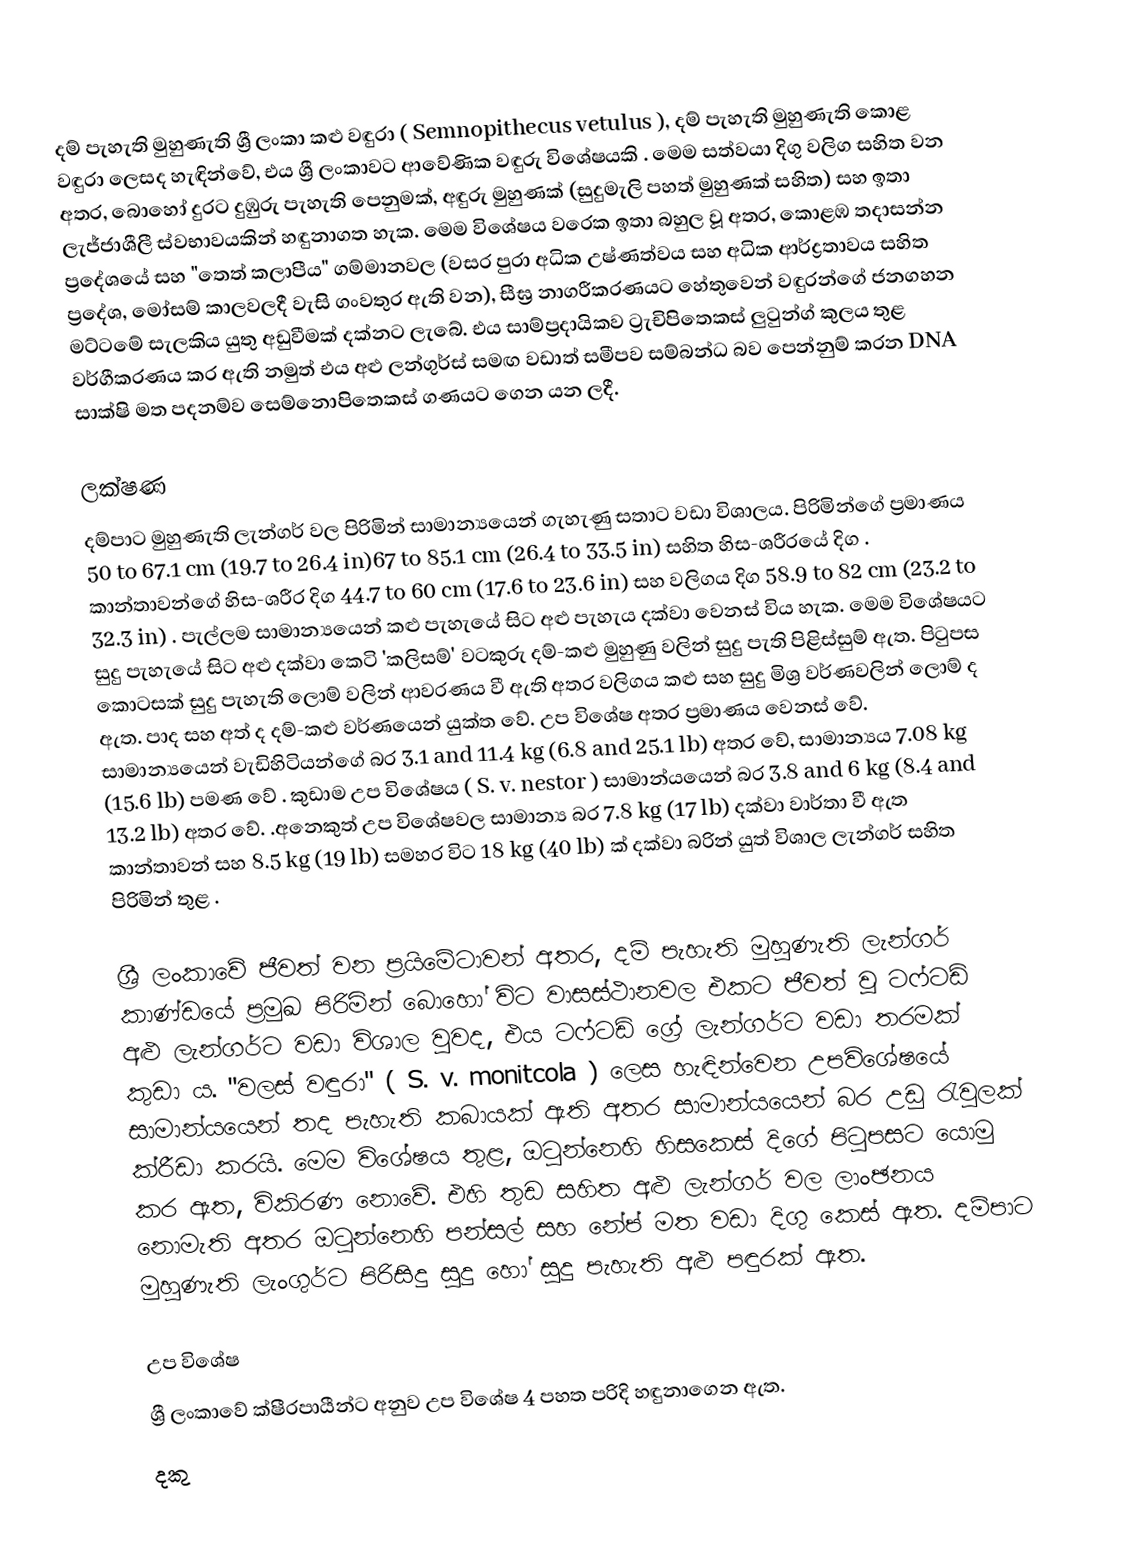
දම් පැහැති මුහුණැති ශ්‍රී ලංකා කළු වඳුරා ( Semnopithecus vetulus ), දම් පැහැති මුහුණැති කොළ වඳුරා ලෙසද හැඳින්වේ, එය ශ්‍රී ලංකාවට ආවේණික වඳුරු විශේෂයකි . මෙම සත්වයා දිගු වලිග සහිත වන අතර, බොහෝ දුරට දුඹුරු පැහැති පෙනුමක්, අඳුරු මුහුණක් (සුදුමැලි පහත් මුහුණක් සහිත) සහ ඉතා ලැජ්ජාශීලී ස්වභාවයකින් හඳුනාගත හැක. මෙම විශේෂය වරෙක ඉතා බහුල වූ අතර, කොළඹ තදාසන්න ප්‍රදේශයේ සහ "තෙත් කලාපීය" ගම්මානවල (වසර පුරා අධික උෂ්ණත්වය සහ අධික ආර්ද්‍රතාවය සහිත ප්‍රදේශ, මෝසම් කාලවලදී වැසි ගංවතුර ඇති වන), සීඝ්‍ර නාගරීකරණයට හේතුවෙන් වඳුරන්ගේ ජනගහන මට්ටමේ සැලකිය යුතු අඩුවීමක් දක්නට ලැබේ. එය සාම්ප්‍රදායිකව ට්‍රැචිපිතෙකස් ලුටුන්ග් කුලය තුළ වර්ගීකරණය කර ඇති නමුත් එය අළු ලන්ගුර්ස් සමඟ වඩාත් සමීපව සම්බන්ධ බව පෙන්නුම් කරන DNA සාක්ෂි මත පදනම්ව සෙම්නොපිතෙකස් ගණයට ගෙන යන ලදී.

ලක්ෂණ
දම්පාට මුහුණැති ලැන්ගර් වල පිරිමින් සාමාන්‍යයෙන් ගැහැණු සතාට වඩා විශාලය. පිරිමින්ගේ ප්‍රමාණය 50 to 67.1 cm (19.7 to 26.4 in)67 to 85.1 cm (26.4 to 33.5 in) සහිත හිස-ශරීරයේ දිග . කාන්තාවන්ගේ හිස-ශරීර දිග 44.7 to 60 cm (17.6 to 23.6 in) සහ වලිගය දිග 58.9 to 82 cm (23.2 to 32.3 in) . පැල්ලම සාමාන්‍යයෙන් කළු පැහැයේ සිට අළු පැහැය දක්වා වෙනස් විය හැක. මෙම විශේෂයට සුදු පැහැයේ සිට අළු දක්වා කෙටි 'කලිසම්' වටකුරු දම්-කළු මුහුණු වලින් සුදු පැති පිළිස්සුම් ඇත. පිටුපස කොටසක් සුදු පැහැති ලොම් වලින් ආවරණය වී ඇති අතර වලිගය කළු සහ සුදු මිශ්‍ර වර්ණවලින් ලොම් ද ඇත. පාද සහ අත් ද දම්-කළු වර්ණයෙන් යුක්ත වේ. උප විශේෂ අතර ප්‍රමාණය වෙනස් වේ. සාමාන්‍යයෙන් වැඩිහිටියන්ගේ බර 3.1 and 11.4 kg (6.8 and 25.1 lb) අතර වේ, සාමාන්‍යය 7.08 kg (15.6 lb) පමණ වේ . කුඩාම උප විශේෂය ( S. v. nestor ) සාමාන්යයෙන් බර 3.8 and 6 kg (8.4 and 13.2 lb) අතර වේ. .අනෙකුත් උප විශේෂවල සාමාන්‍ය බර 7.8 kg (17 lb) දක්වා වාර්තා වී ඇත කාන්තාවන් සහ 8.5 kg (19 lb) සමහර විට 18 kg (40 lb) ක් දක්වා බරින් යුත් විශාල ලැන්ගර් සහිත පිරිමින් තුළ .

ශ්‍රී ලංකාවේ ජීවත් වන ප්‍රයිමේටාවන් අතර, දම් පැහැති මුහුණැති ලැන්ගර් කාණ්ඩයේ ප්‍රමුඛ පිරිමින් බොහෝ විට වාසස්ථානවල එකට ජීවත් වූ ටෆ්ටඩ් අළු ලැන්ගර්ට වඩා විශාල වුවද, එය ටෆ්ටඩ් ග්‍රේ ලැන්ගර්ට වඩා තරමක් කුඩා ය. "වලස් වඳුරා" ( S. v. monitcola ) ලෙස හැඳින්වෙන උපවිශේෂයේ සාමාන්යයෙන් තද පැහැති කබායක් ඇති අතර සාමාන්යයෙන් බර උඩු රැවුලක් ක්රීඩා කරයි. මෙම විශේෂය තුළ, ඔටුන්නෙහි හිසකෙස් දිගේ පිටුපසට යොමු කර ඇත, විකිරණ නොවේ. එහි තුඩ සහිත අළු ලැන්ගර් වල ලාංඡනය නොමැති අතර ඔටුන්නෙහි පන්සල් සහ නේප් මත වඩා දිගු කෙස් ඇත. දම්පාට මුහුණැති ලැංගුර්ට පිරිසිදු සුදු හෝ සුදු පැහැති අළු පඳුරක් ඇත.

උප විශේෂ
ශ්‍රී ලංකාවේ ක්ෂීරපායීන්ට අනුව උප විශේෂ 4 පහත පරිදි හඳුනාගෙන ඇත.
 දකු